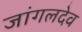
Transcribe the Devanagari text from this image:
जांगलदेव